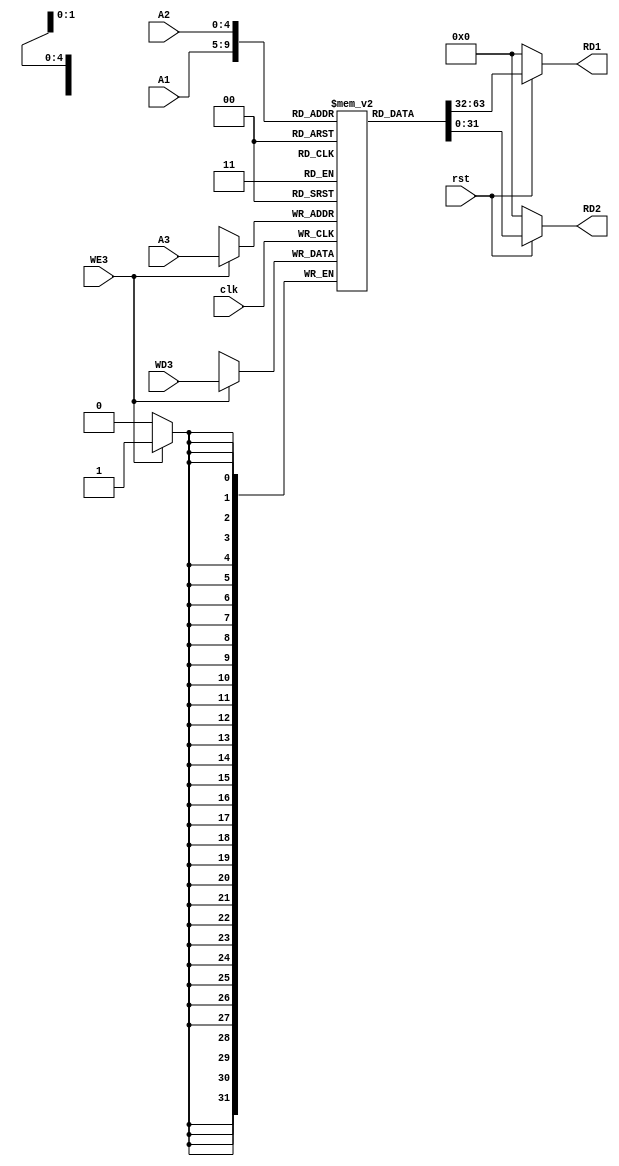
module regFile(
	input clk,
	input rst,
	input [4:0] A1,
	input [4:0] A2,
	input [4:0] A3,
	input [31:0] WD3,
	input WE3,
	output [31:0]RD1,
	output [31:0]RD2
	
	);

reg [31:0] Register [31:0];

    assign RD1 = (~rst) ? 32'd0 : Register[A1];
    assign RD2 = (~rst) ? 32'd0 : Register[A2];

always @(posedge clk ) begin
	if (WE3) begin
		Register[A3]<=WD3;
	end 
end


endmodule